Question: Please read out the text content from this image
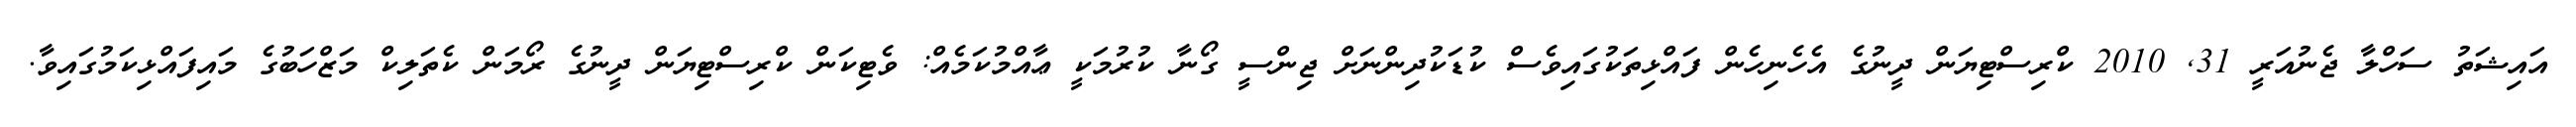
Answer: އައިޝަތު ސަހްލާ ޖެނުއަރީ 31, 2010 ކްރިސްޓިޔަން ދީނުގެ އެހެނިހެން ފައްޅިތަކުގައިވެސް ކުޑަކުދިންނަށް ޖިންސީ ގޯނާ ކުރުމަކީ ޢާއްމުކަމެއް: ވެޓިކަން ކްރިސްޓިޔަން ދީނުގެ ރޯމަން ކެތަލިކް މަޒްހަބުގެ މައިފައްޅިކަމުގައިވާ.